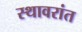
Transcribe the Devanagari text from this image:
स्थावरांत